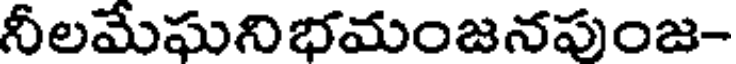
నీలమేఘనిభమంజనపుంజ-